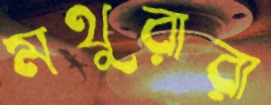
মথুরারা